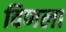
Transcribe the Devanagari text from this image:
विणला